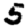
Digit: 5